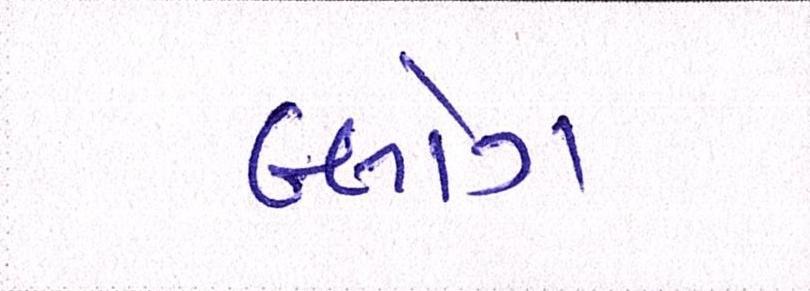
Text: બ્લોગ